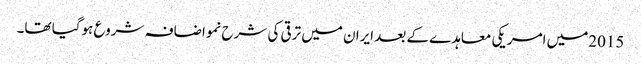
2015میں امریکی معاہدے کے بعد ایران میں ترقی کی شرح نمواضافہ شروع ہوگیا تھا۔